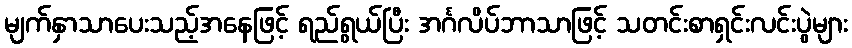
မျက်နှာသာပေးသည့်အနေဖြင့် ရည်ရွယ်ပြီး အင်္ဂလိပ်ဘာသာဖြင့် သတင်းစာရှင်းလင်းပွဲများ